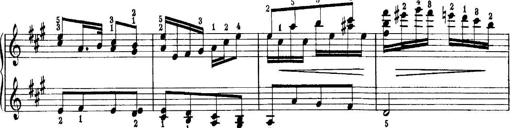
Title: Quatres sonatines
Composer: Tadeusz Joteyko